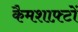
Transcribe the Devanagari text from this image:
कैमशाफ़्टों